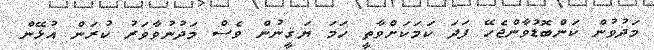
މަދުވުން ކަންބޮޑުވާންޖެހޭ ފަދަ ކަމަކަށްވާތީ ހަމަ ޔަޤީނުން ވެސް މަދުނުވާވަރު ކުރަން އުޅޭން